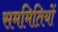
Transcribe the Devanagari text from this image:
सममितियों